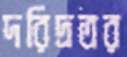
দরিদ্রতর